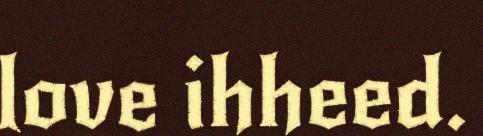
love ihheed.